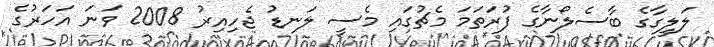
ލަލީގާގެ ބާސެލޯނާގެ ފުރަތަމަ މެޗުގައި މެސީ ލަނޑު ޖެހިއިރު 2008 ވަނަ އަހަރުގެ